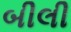
બીલી